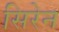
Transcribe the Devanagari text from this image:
सिरेन